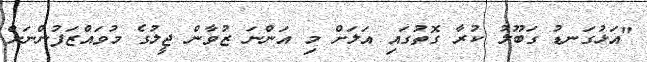
"އަޅުގަނޑު ގަބޫލު ކުރާ ގޮތުގައި އަލަށް މި އަންނަ ޒުވާން ޖީލުގެ މުވައްޒަފުންނަށް